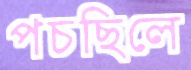
পচছিলে